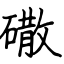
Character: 䃟